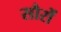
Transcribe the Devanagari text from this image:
सौरों